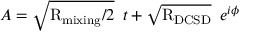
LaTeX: A = \sqrt { \mathrm { R } _ { \mathrm { m i x i n g } } / 2 } \: \; t + \sqrt { \mathrm { R } _ { \mathrm { D C S D } } } \: \; e ^ { i \phi }